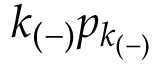
k _ { ( - ) } p _ { k _ { ( - ) } }